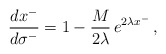
\begin{align*}\frac{dx^{-}}{d\sigma^{-}} = 1-\frac{M}{2\lambda}\,e^{2\lambda x^{-}}\,,\end{align*}